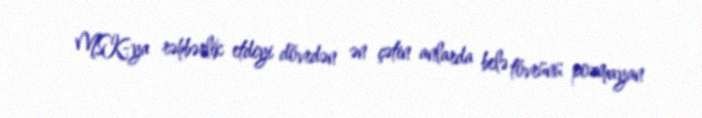
MSK-ya rəhbərlik etdiyi dövrdən ən çətin anlarda belə tövrünü pozmayan